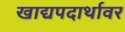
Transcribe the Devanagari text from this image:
खाद्यपदार्थावर